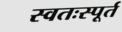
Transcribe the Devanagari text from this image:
स्वतःस्पूर्त